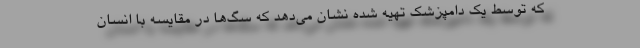
که توسط یک دامپزشک تهیه شده نشان می‌دهد که سگ‌ها در مقایسه با انسان